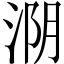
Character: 𰛺